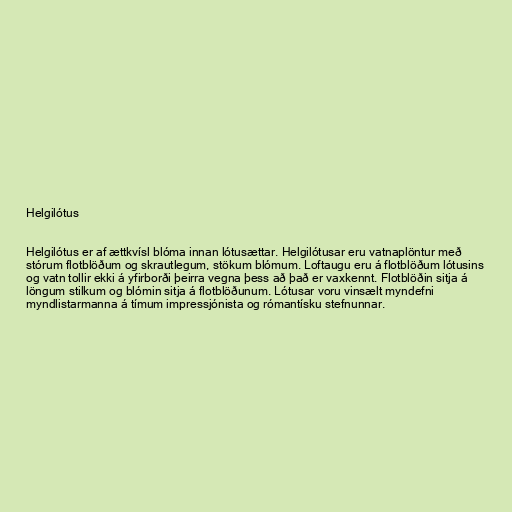
Helgilótus

Helgilótus er af ættkvísl blóma innan lótusættar. Helgilótusar eru vatnaplöntur með
stórum flotblöðum og skrautlegum, stökum blómum. Loftaugu eru á flotblöðum lótusins
og vatn tollir ekki á yfirborði þeirra vegna þess að það er vaxkennt. Flotblöðin sitja á
löngum stilkum og blómin sitja á flotblöðunum. Lótusar voru vinsælt myndefni
myndlistarmanna á tímum impressjónista og rómantísku stefnunnar.